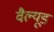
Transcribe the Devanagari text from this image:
वैल्यूड